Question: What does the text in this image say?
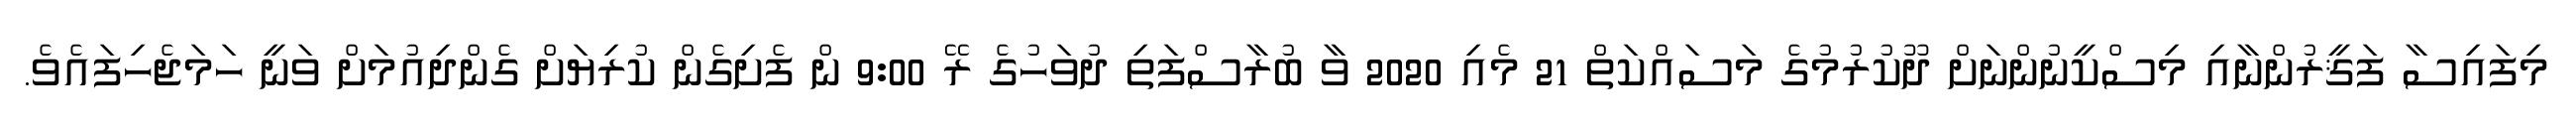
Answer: މިފައިސާ ފަޤީރުންނާއި މިސްކީނުންނަށް ދޫކުރުމުގެ މަސައްކަތް 21 މެއި 2020 ވާ ބުރާސްފަތި ދުވަހުގެ ރޭ 9:00 ން ފެށިގެން ކުރިޔަށް ގެންދިއުމަށް ވަނީ ހަމަޖެހިފައެވެ.